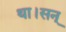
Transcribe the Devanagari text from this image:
था।सन्